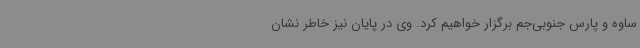
ساوه و پارس جنوبی‌جم برگزار خواهیم کرد. وی در پایان نیز خاطر نشان